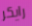
رايكر